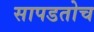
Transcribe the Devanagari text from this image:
सापडतोच